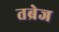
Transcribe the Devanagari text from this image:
तब्रेज